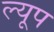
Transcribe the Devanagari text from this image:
ल्यूप